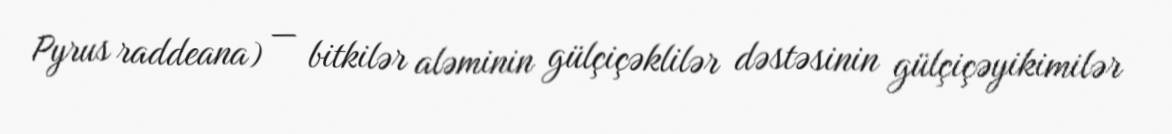
Pyrus raddeana) — bitkilər aləminin gülçiçəklilər dəstəsinin gülçiçəyikimilər